Development of the Leishman-Donovan parasite in Cimex rotundatus - Number 31
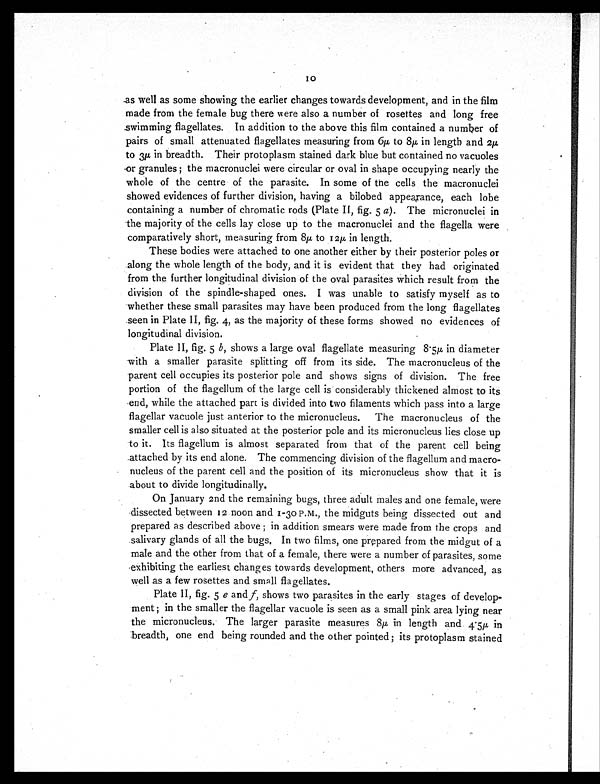
10
as well as some showing the earlier changes towards development, and in the film
made from the female bug there were also a number of rosettes and long free
swimming flagellates. In addition to the above this film contained a number of
pairs of small attenuated flagellates measuring from 6µ to 8µ in length and 2µ
to 3µ in breadth. Their protoplasm stained dark blue but contained no vacuoles
or granules ; the macronuclei were circular or oval in shape occupying nearly the
whole of the centre of the parasite. In some of the cells the macronuclei
showed evidences of further division, having a bilobed appearance, each lobe
containing a number of chromatic rods (Plate II, fig. 5 a) . The micronuclei in
the majority of the cells lay close up to the macronuclei and the flagella were
comparatively short, measuring from 8µ to 12µ in length.
These bodies were attached to one another either by their posterior poles or
along the whole length of the body, and it is evident that they had originated
from the further longitudinal division of the oval parasites which result from the
division of the spindle-shaped ones. I was unable to satisfy myself as to
whether these small parasites may have been produced from the long flagellates
seen in Plate II, fig. 4, as the majority of these forms showed no evidences of
longitudinal division.
Plate II, fig. 5 b , shows a large oval flagellate measuring 8.5µ in diameter
with a smaller parasite splitting off from its side. The macronucleus of the
parent cell occupies its posterior pole and shows signs of division. The free
portion of the flagellum of the large cell is considerably thickened almost to its
end, while the attached part is divided into two filaments which pass into a large
flagellar vacuole just anterior to the micronucleus. The macronucleus of the
smaller cell is also situated at the posterior pole and its micronucleus lies close up
to it. Its flagellum is almost separated from that of the parent cell being
attached by its end alone. The commencing division of the flagellum and macro-
nucleus of the parent cell and the position of its micronucleus show that it is
about to divide longitudinally.
On January 2nd the remaining bugs, three adult males and one female, were
dissected between 12 noon and 1-30 P.M., the midguts being dissected out and
prepared as described above ; in addition smears were made from the crops and
salivary glands of all the bugs. In two films, one prepared from the midgut of a
male and the other from that of a female, there were a number of parasites, some
exhibiting the earliest changes towards development, others more advanced, as
well as a few rosettes and small flagellates.
Plate II, fig. 5 e and f, shows two parasites in the early stages of develop-
ment ; in the smaller the flagellar vacuole is seen as a small pink area lying near
the micronucleus. The larger parasite measures 8µ in length and 4.5µ in
breadth, one end being rounded and the other pointed ; its protoplasm stained